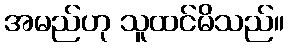
အမည်ဟု သူထင်မိသည်။